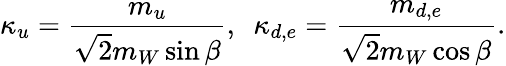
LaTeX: \kappa_{u}=\frac{m_{u}}{\sqrt{2}m_{W}\sin\beta},~~\kappa_{d,e}=\frac{m_{d,e}}{\sqrt{2}m_{W}\cos\beta}.